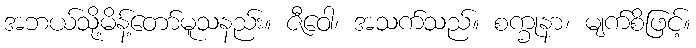
အဘယ်သို့မိန့်တော်မူသနည်း။ ဇီဝေါ၊ အသက်သည်။ စက္ခုနာ၊ မျက်စိဖြင့်။